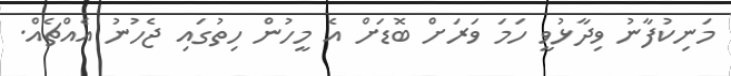
މަނިކުފާނު ވިދާޅުވީ ހަމަ ވަރަށް ބޮޑަށް އެ މީހުން ހިތުގައި ޖެހުނު އެއްޗެއް.